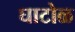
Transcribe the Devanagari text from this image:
घाटोळ